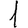
Digit: 1